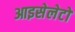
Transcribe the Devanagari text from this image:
आइसेलेटों